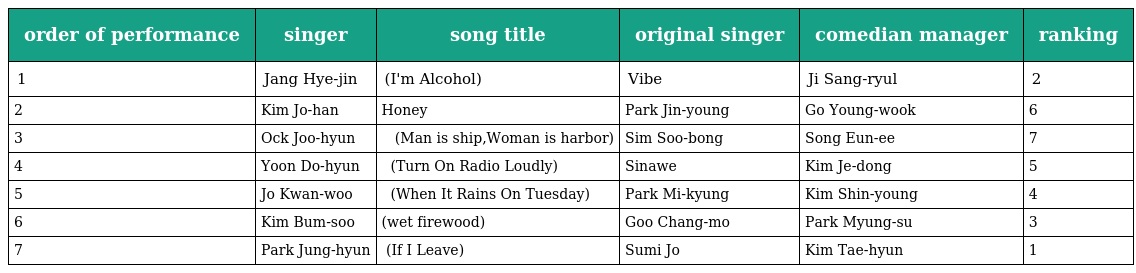
| order of performance | singer | song title | original singer | comedian manager | ranking |
 | --- | --- | --- | --- | --- | --- |
 | 1 | Jang Hye-jin | 술이야(I'm Alcohol) | Vibe | Ji Sang-ryul | 2 |
 | 2 | Kim Jo-han | Honey | Park Jin-young | Go Young-wook | 6 |
 | 3 | Ock Joo-hyun | 남자는 배 여자는 항구(Man is ship,Woman is harbor) | Sim Soo-bong | Song Eun-ee | 7 |
 | 4 | Yoon Do-hyun | 크게 라디오를 켜고(Turn On Radio Loudly) | Sinawe | Kim Je-dong | 5 |
 | 5 | Jo Kwan-woo | 화요일에 비가 내리면(When It Rains On Tuesday) | Park Mi-kyung | Kim Shin-young | 4 |
 | 6 | Kim Bum-soo | 희나리(wet firewood) | Goo Chang-mo | Park Myung-su | 3 |
 | 7 | Park Jung-hyun | 나 가거든(If I Leave) | Sumi Jo | Kim Tae-hyun | 1 |